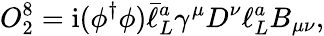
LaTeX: O_{2}^{8}={\mathrm{i}}(\phi^{\dagger}\phi)\bar{\ell}_{L}^{a}\gamma^{\mu}D^{\nu}\ell_{L}^{a}B_{\mu\nu},